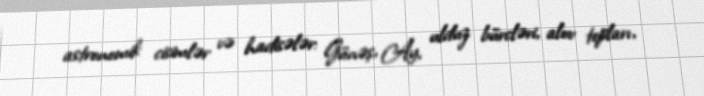
astronomik cisimlər və hadisələr: Günəş, Ay, ulduz bürcləri, alov topları,